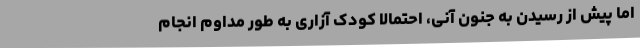
اما پیش از رسیدن به جنون آنی، احتمالا کودک آزاری به طور مداوم انجام